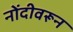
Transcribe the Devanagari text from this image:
नोंदीवरून